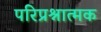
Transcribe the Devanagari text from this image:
परिप्रश्नात्मक